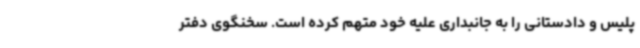
پلیس و دادستانی را به جانبداری علیه خود متهم کرده است. سخنگوی دفتر